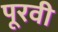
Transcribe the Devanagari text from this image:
पूरवी